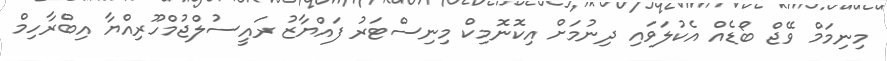
މިނިމަމް ވޭޖް ބޯޑެއް އެކުލަވައި ދިނުމަށް އިކޮނޮމިކް މިނިސްޓަރު ފައްޔާޒު ރައީސުލްޖުމްހޫރިއްޔާ އިބްރާހިމް